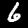
Label: 6